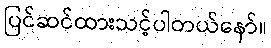
ပြင်ဆင်ထားသင့်ပါတယ်နော်။